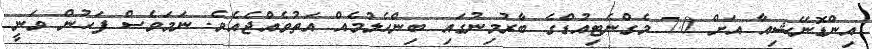
އިންޑޮނޭޝިއާ އަށް 7.0 މެގްނެޓިއުޑްގެ ބާރުމިނުގައި ބިންހެލުމެއް އަތުވެއްޖެއެވެ. ނަމަވެސް ފަހުން ވަނީ